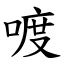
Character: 喥